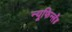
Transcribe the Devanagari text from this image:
न्यूफिन्लैंड